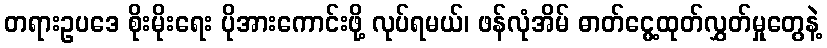
တရားဥပဒေ စိုးမိုးရေး ပိုအားကောင်းဖို့ လုပ်ရမယ်၊ ဖန်လုံအိမ် ဓာတ်ငွေ့ထုတ်လွှတ်မှုတွေနဲ့